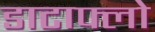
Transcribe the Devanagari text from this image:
डाटाफ्लो